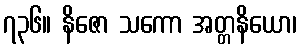
၇၃၆။ နိဇော သကော အတ္တနိယော၊